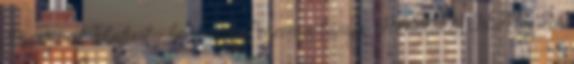
Margaret Flaherty, becenevén Pegeen, a lánya: RÁDULY BEÁTA Az